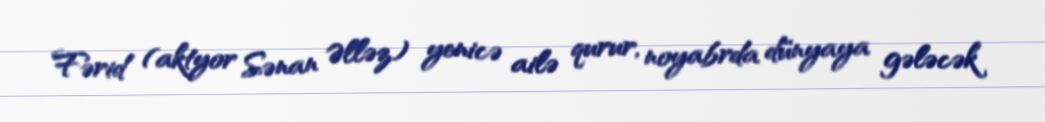
Fərid (aktyor Sənan Əlləz) yenicə ailə qurur, noyabrda dünyaya gələcək